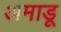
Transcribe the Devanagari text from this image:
अमाडू